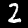
Digit: 2